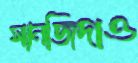
সানজিদাও